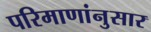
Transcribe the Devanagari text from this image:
परिमाणांनुसार